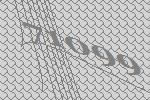
71099